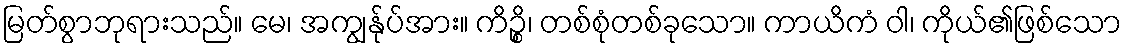
မြတ်စွာဘုရားသည်။ မေ၊ အကျွန်ုပ်အား။ ကိဉ္စိ၊ တစ်စုံတစ်ခုသော။ ကာယိကံ ဝါ၊ ကိုယ်၏ဖြစ်သော